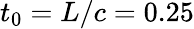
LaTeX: t_{0}=L/c=0.25